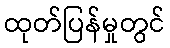
ထုတ်ပြန်မှုတွင်